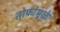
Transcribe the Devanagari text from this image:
तोफांमुळे